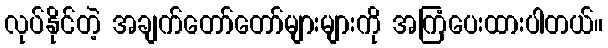
လုပ်နိုင်တဲ့ အချက်တော်တော်များများကို အကြံပေးထားပါတယ်။